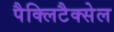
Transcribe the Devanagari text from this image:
पैक्लिटैक्सेल